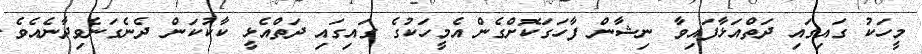
މީހަކު ގައިގައި ދަތްއަޅާފައިވާ ނިޝާން ފާހަގަކޮށްގެން އެމީހަކުގެ ގައިގައި ދަތްއެޅީ ކާކުކަން ދެނެގަނެވިދާނެއެވެ.